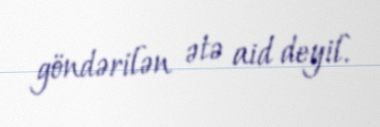
göndərilən ətə aid deyil.